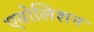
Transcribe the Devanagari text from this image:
एवोलिशन